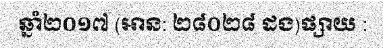
ឆ្នាំ២០១៧ (អាន: ២៨០២៨ ដង)ផ្សាយ :